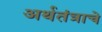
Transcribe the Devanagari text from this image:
अर्थतंत्राचे